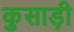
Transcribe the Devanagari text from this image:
कुसाड़ी